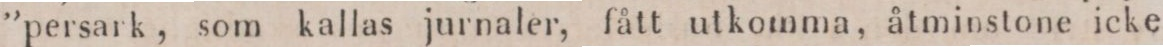
”persark, som kallas jurnaler, fått utkomma, åtminstone icke